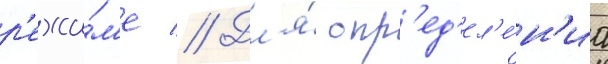
р'ежи́м'е // Дл'я́ опр'ед'ел'е́н'иа